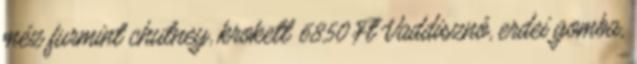
méz furmint chutney, krokett 6850 Ft Vaddisznó, erdei gomba,